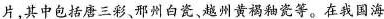
片，其中包括唐三彩、邢州白瓷、越州黄褐釉瓷等。在我国海